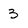
Character: 3